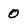
Character: 0